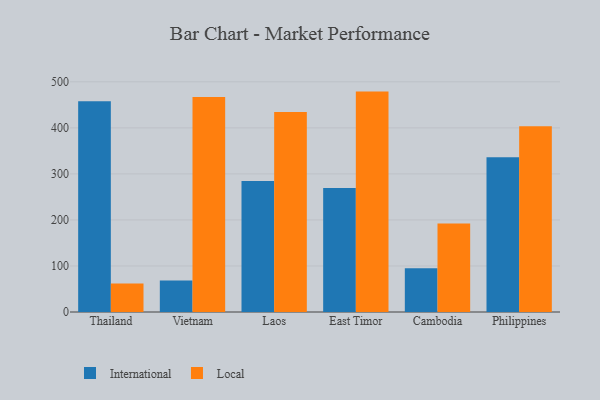
{"axis": {"x": "Country", "y": "Backlog"}, "legend": ["International", "Local"], "data": [{"x": "Thailand", "y": 457.7, "type": "International"}, {"x": "Thailand", "y": 61.8, "type": "Local"}, {"x": "Vietnam", "y": 68.7, "type": "International"}, {"x": "Vietnam", "y": 466.8, "type": "Local"}, {"x": "Laos", "y": 284.4, "type": "International"}, {"x": "Laos", "y": 434.5, "type": "Local"}, {"x": "East Timor", "y": 269.4, "type": "International"}, {"x": "East Timor", "y": 478.8, "type": "Local"}, {"x": "Cambodia", "y": 95.0, "type": "International"}, {"x": "Cambodia", "y": 192.1, "type": "Local"}, {"x": "Philippines", "y": 336.3, "type": "International"}, {"x": "Philippines", "y": 403.7, "type": "Local"}]}